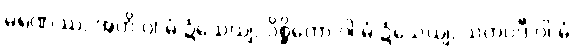
မရဏဿ, အဟိ ဝါ မံ ဍံသေယျ, ဝိစ္ဆိကော ဝါ မံ ဍံသေယျ, သတပဒီ ဝါ မံ